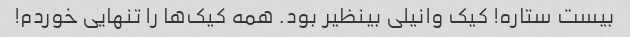
بیست ستاره! کیک وانیلی بینظیر بود. همه کیک‌ها را تنهایی خوردم!